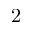
2